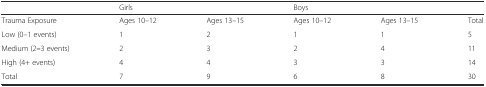
<table><thead><tr><td></td><td colspan="2"><b>Girls</b></td><td colspan="2"><b>Boys</b></td><td></td></tr></thead><tbody><tr><td>Trauma Exposure</td><td>Ages 10–12</td><td>Ages 13–15</td><td>Ages 10–12</td><td>Ages 13–15</td><td>Total</td></tr><tr><td>Low (0–1 events)</td><td>1</td><td>2</td><td>1</td><td>1</td><td>5</td></tr><tr><td>Medium (2<b>–</b>3 events)</td><td>2</td><td>3</td><td>2</td><td>4</td><td>11</td></tr><tr><td>High (4+ events)</td><td>4</td><td>4</td><td>3</td><td>3</td><td>14</td></tr><tr><td>Total</td><td>7</td><td>9</td><td>6</td><td>8</td><td>30</td></tr></tbody></table>